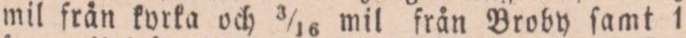
mil från korka och 3/16 mil från Broby ſamt 1